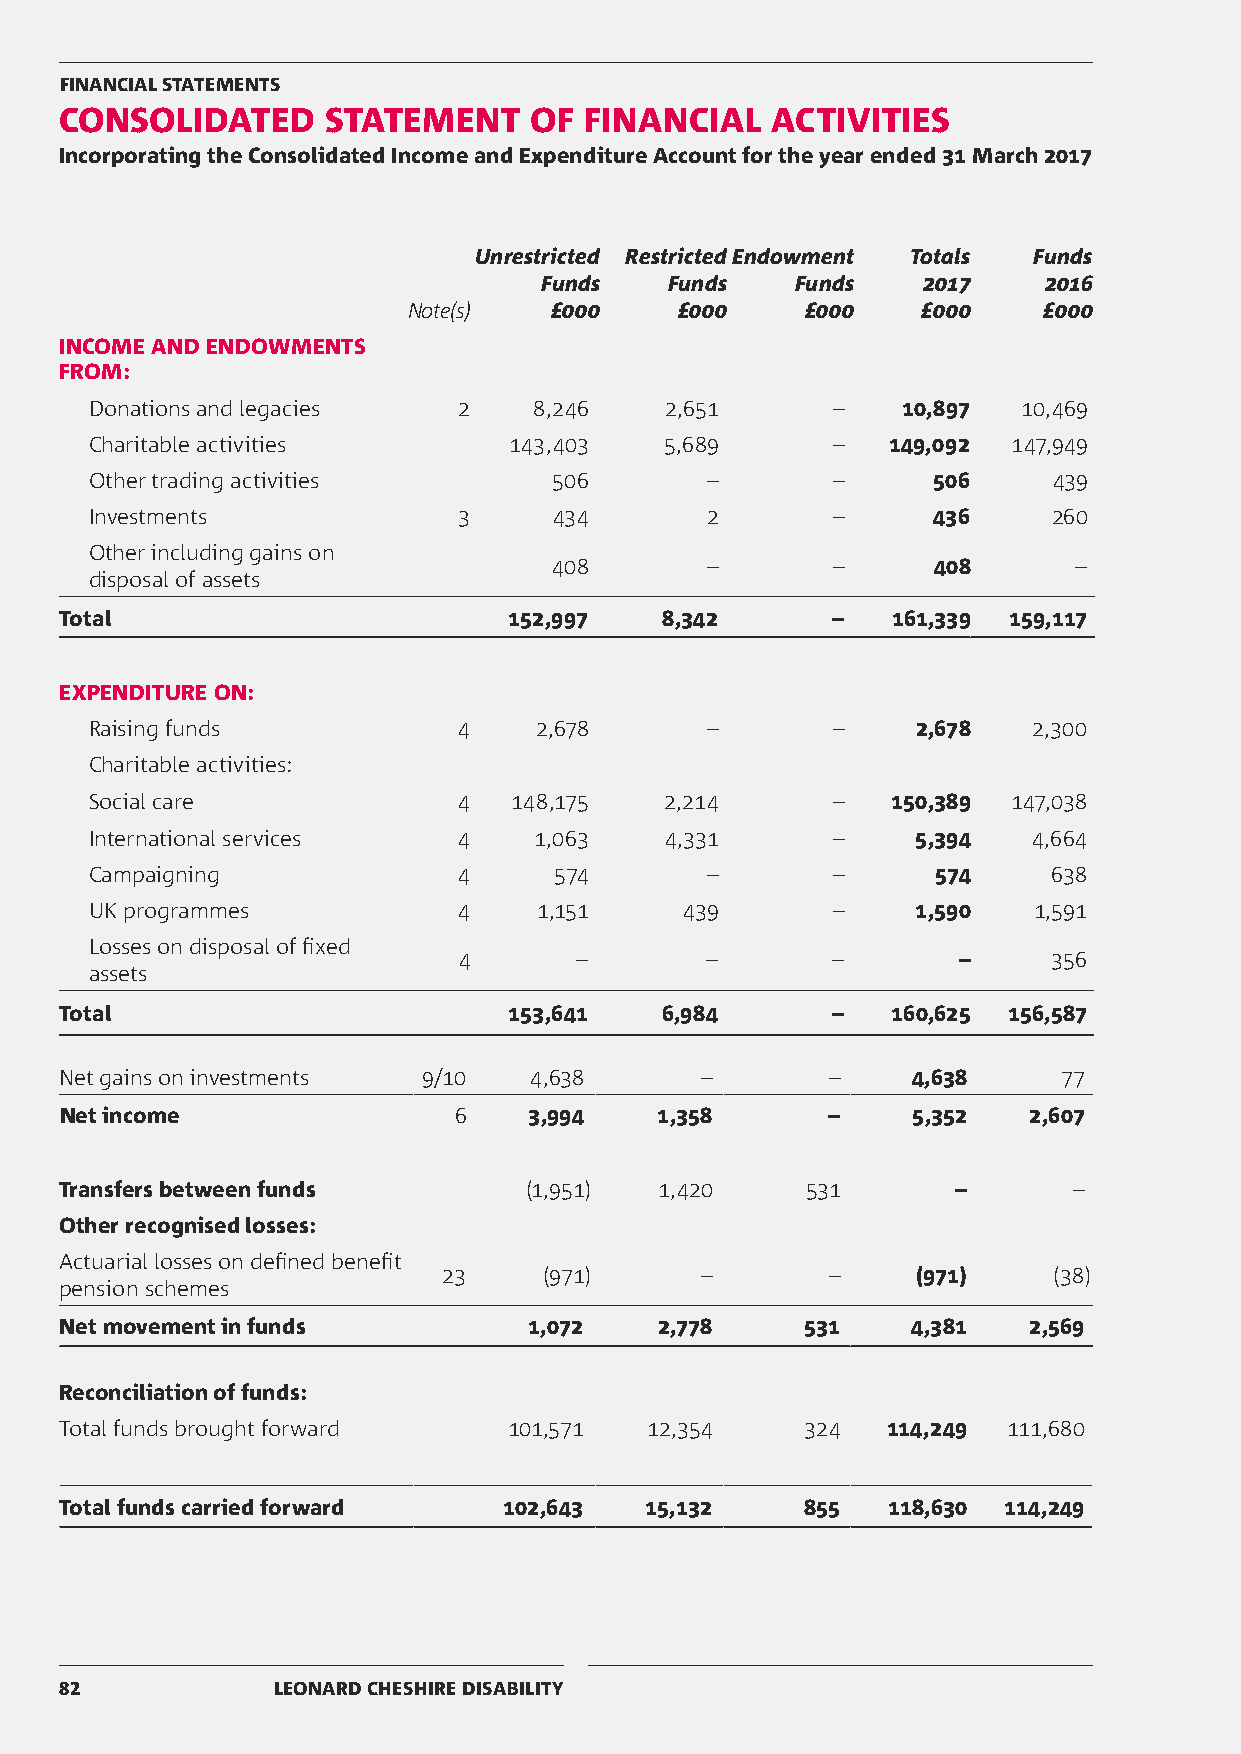
FINANCIAL STATEMENTS
 CONSOLIDATED     STATEMENT     OF  FINANCIAL   ACTIVITIES
 Incorporating the Consolidated Income and Expenditure Account for the year ended 31 March 2017
 Unrestricted RestrictedEndowment Totals Funds
 Funds   Funds    Funds   2017    2016
 Note(s)  £000     £000    £000    £000    £000
 INCOME AND ENDOWMENTS
 FROM:
 Donations and legacies  2    8,246    2,651      –    10,897  10,469
 Charitable activities       143,403   5,689      –   149,092 147,949
 Other trading activities       506       –       –      506     439
 Investments             3      434       2       –      436     260
 Other including gains on
 408        –       –      408      –
 disposal of assets
 Total                         152,997   8,342      –   161,339 159,117
 EXPENDITURE ON:
 Raising funds           4    2,678       –       –     2,678  2,300
 Charitable activities:
 Social care             4   148,175   2,214      –   150,389 147,038
 International services  4    1,063    4,331      –     5,394  4,664
 Campaigning             4      574       –       –      574     638
 UK programmes           4     1,151    439       –     1,590  1,591
 Losses on disposal of fixed
 4       –        –       –       –      356
 assets
 Total                         153,641   6,984      –   160,625 156,587
 Net gains on investments 9/10  4,638      –        –    4,638     77
 Net income                6    3,994   1,358       –    5,352   2,607
 Transfers between funds        (1,951)  1,420    531       –       –
 Other recognised losses:
 Actuarial losses on defined benefit
 23     (971)     –        –     (971)    (38)
 pension schemes
 Net movement in funds          1,072    2,778    531    4,381   2,569
 Reconciliation of funds:
 Total funds brought forward   101,571  12,354    324   114,249 111,680
 Total funds carried forward  102,643   15,132    855   118,630 114,249
 82            LEONARD CHESHIRE DISABILITY